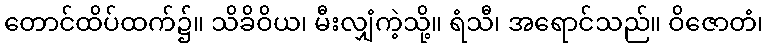
တောင်ထိပ်ထက်၌။ သိခိဝိယ၊ မီးလျှံကဲ့သို့။ ရံသီ၊ အရောင်သည်။ ဝိဇောတံ၊